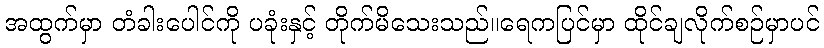
အထွက်မှာ တံခါးပေါင်ကို ပခုံးနှင့် တိုက်မိသေးသည်။ရေကပြင်မှာ ထိုင်ချလိုက်စဉ်မှာပင်